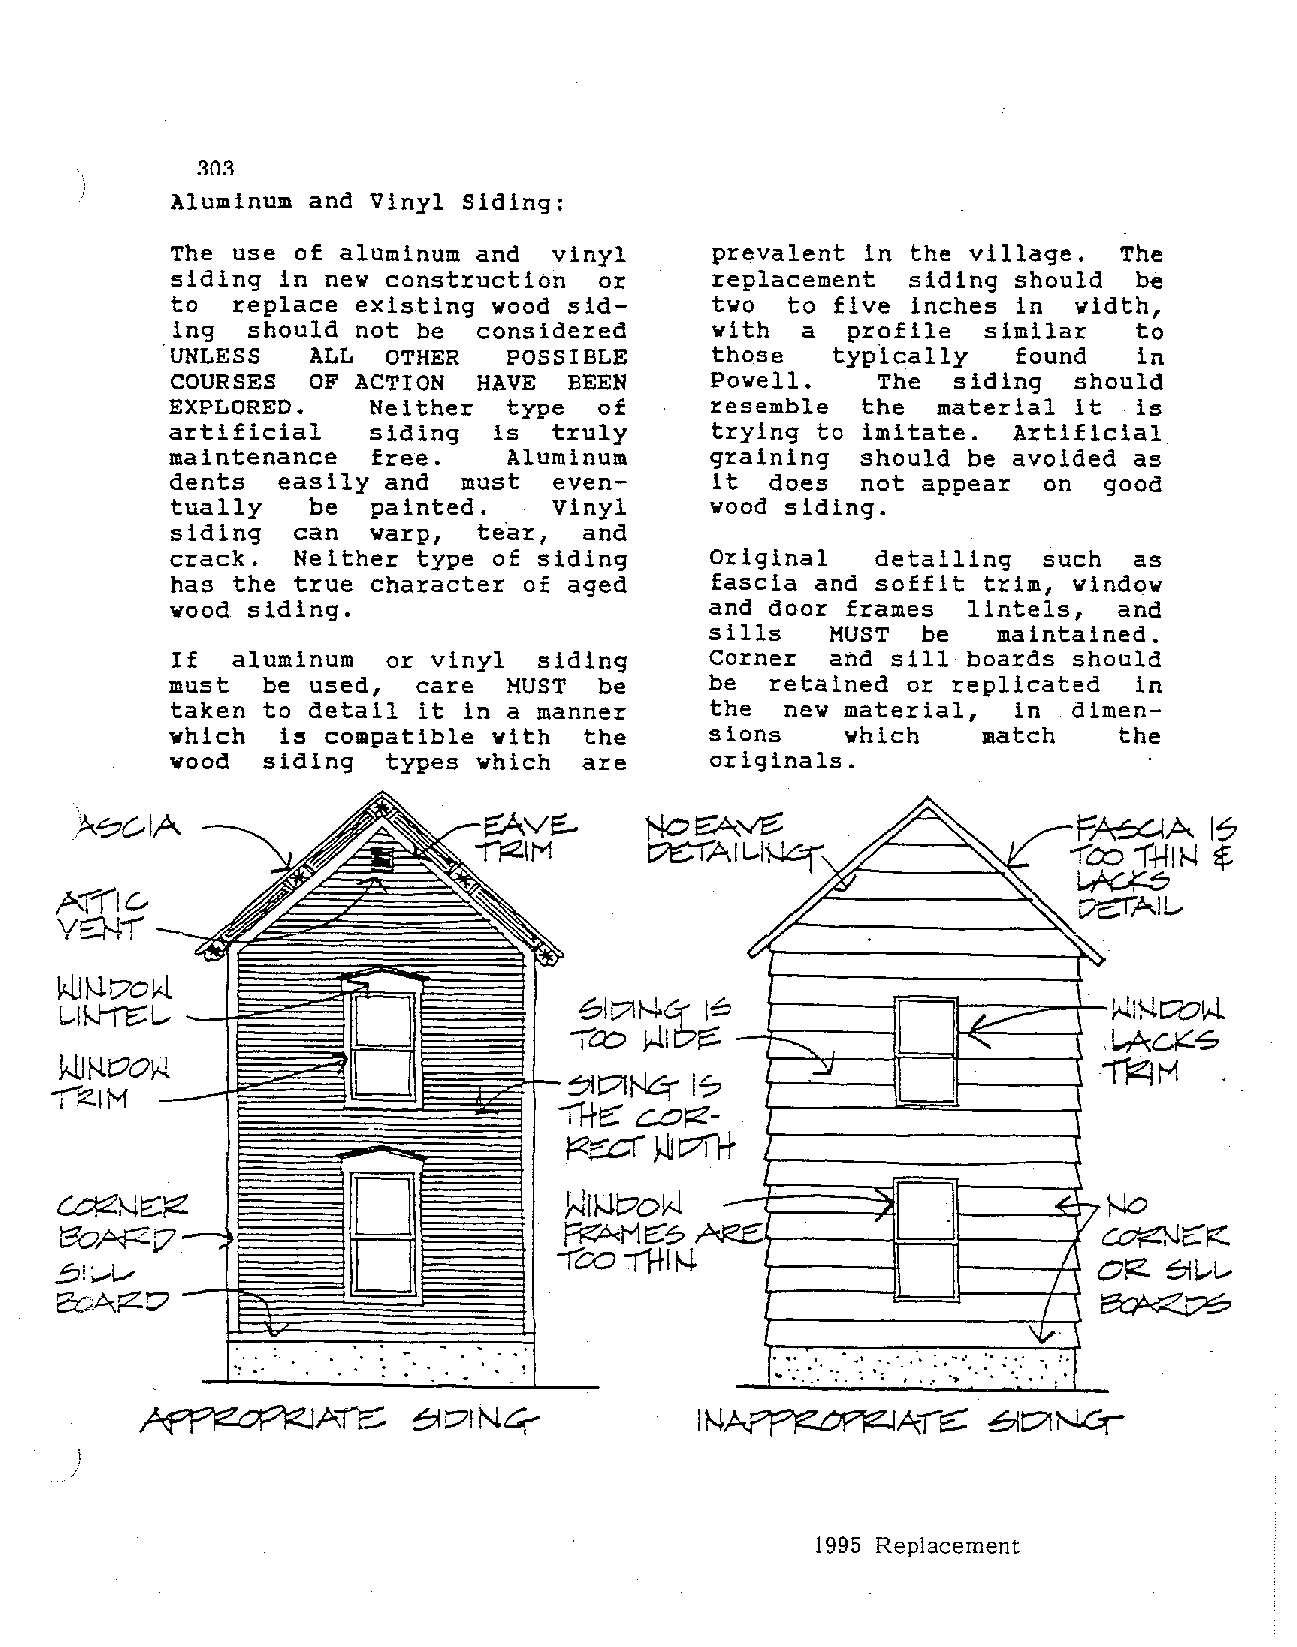
303
 Aluminum  and Vinyl Siding:
 The use  of aluminum and  vinyl     prevalent in the village.  The
 siding  in new construction  or     replacement  siding should  be
 to   replace existing wood sid      two  to five inches in  width,
 ing  should not be  considered     with  a  profile  similar   to
 UNLESS    ALL  OTHER   POSSIBLE     those   typically   found   in
 COURSES   OF ACTION  HAVE  BEEN     Powell.    The  siding  should
 EXPLORED.     Neither  type  of     resemble  the  material it  is
 artificial    siding  is  truly     trying to imitate.  Artificial
 maintenance   free.    Aluminum     graining  should be avoided as
 dents  easily  and  must  even      it  does  not appear  on  good
 tually    be  painted.    Vinyl     wood siding.
 siding   can  warp,  tear,  and
 crack.   Neither type of siding     Original   detailing  such  as
 has  the true character of aged     fascia and soffit trim, window
 wood  siding.                       and door frames  lintels,  and
 sills   MUST  be   maintained.
 If  aluminum   or vinyl  siding     Corner  and sill boards should
 must   be used,  care  MUST  be     be  retained or replicated  in
 taken  to detail it in a manner     the  new material,  in  dimen
 which   is compatible with  the     sions    which    match    the
 wood  siding   types which  are     originals.
 A-.
 we::
 !=?
 v£
 I L...li-IC:f  ~      1'2
 /
 '
 ~-
 Al"-(lc:.,
 v:::::N-r
 v
 vow.                                       d                 "··~
 fJ.
 \<.1.1
 L.-1 1-J-n::: L-                  61V1N6;' I~
 Ia::> WI t:?~ ........__  "~
 l<JJ N. t:70 ¥-l.
 ...:l/
 t:?IN:::;- I?
 ..,-:-e1 M                         ~
 11+~ c.o~­
 j::(t:Cf t?rl+
 J..lJ
 D
 NI}Jt?oW
 ~t-.!t:FZ                                             ,           ~ t'7
 t3oAF2l7.                        -~rH e::"? ARe:
 a:::> 11+1 t..J.                I
 .,S!~                                                             I
 2oAfZ.D                                                          I
 'V·
 . " '. ·,. · . · . ..: . .. : .. : . . . .•. ..- .. · ... .
 ~
 . .' .' ·
 1995 Replacement